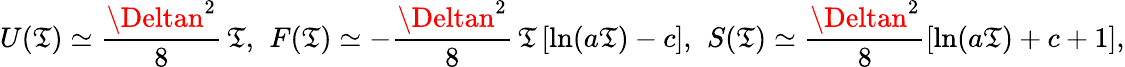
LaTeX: U(\mathfrak{T})\simeq\frac{{\Deltan^{2}}}{{8}}\, \mathfrak{T}{,}\; \; F(\mathfrak{T})\simeq-\frac{{\Deltan^{2}}}{{8}}\, \mathfrak{T}\left[\ln(a\mathfrak{T})-c\right]{,}\; \; S(\mathfrak{T})\simeq\frac{{\Deltan^{2}}}{{8}}\left[\ln(a\mathfrak{T})+c+1\right]{,}